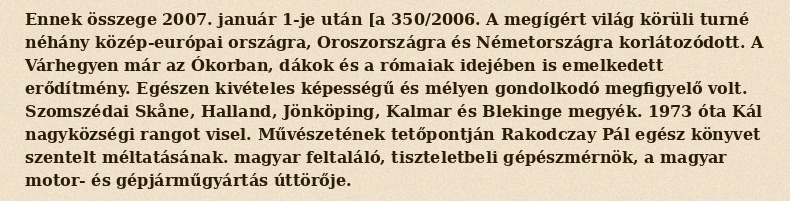
Ennek összege 2007. január 1-je után [a 350/2006. A megígért világ körüli turné néhány közép-európai országra, Oroszországra és Németországra korlátozódott. A Várhegyen már az Ókorban, dákok és a rómaiak idejében is emelkedett erődítmény. Egészen kivételes képességű és mélyen gondolkodó megfigyelő volt. Szomszédai Skåne, Halland, Jönköping, Kalmar és Blekinge megyék. 1973 óta Kál nagyközségi rangot visel. Művészetének tetőpontján Rakodczay Pál egész könyvet szentelt méltatásának. magyar feltaláló, tiszteletbeli gépészmérnök, a magyar motor- és gépjárműgyártás úttörője.